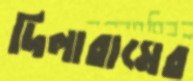
দিলারামের